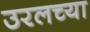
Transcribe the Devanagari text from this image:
उरलच्या